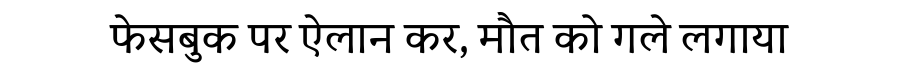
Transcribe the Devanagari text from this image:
फेसबुक पर ऐलान कर, मौत को गले लगाया